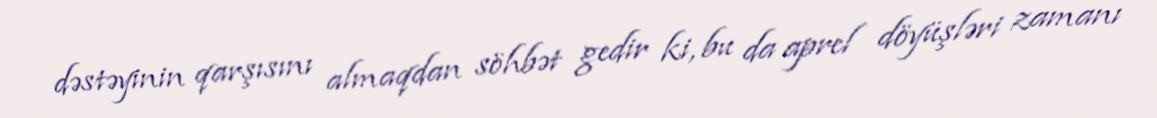
dəstəyinin qarşısını almaqdan söhbət gedir ki, bu da aprel döyüşləri zamanı